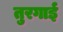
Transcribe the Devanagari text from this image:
तुरगाई